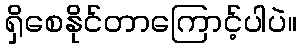
ရှိစေနိုင်တာကြောင့်ပါပဲ။